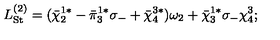
L _ { \mathrm { S t } } ^ { ( 2 ) } = ( { \bar { \chi } } _ { 2 } ^ { 1 * } - { \bar { \pi } } _ { 3 } ^ { 1 * } \sigma _ { - } + { \bar { \chi } } _ { 4 } ^ { 3 * } ) \omega _ { 2 } + { \bar { \chi } } _ { 3 } ^ { 1 * } \sigma _ { - } \chi _ { 4 } ^ { 3 } ;